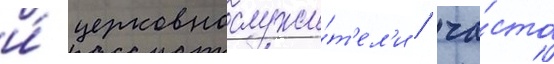
и́ церковнослужи́т'ел'и / ча́сто